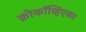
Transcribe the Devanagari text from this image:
क्रोकॉव्हिएका